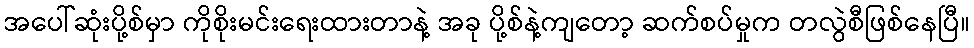
အပေါ်ဆုံးပို့စ်မှာ ကိုစိုးမင်းရေးထားတာနဲ့ အခု ပို့စ်နဲ့ကျတော့ ဆက်စပ်မှုက တလွဲစီဖြစ်နေပြီ။